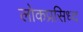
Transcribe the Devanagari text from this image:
लोकप्रसिध्द